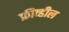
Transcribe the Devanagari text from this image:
फ्रीव्हील